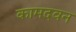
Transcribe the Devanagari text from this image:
कामदवन